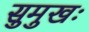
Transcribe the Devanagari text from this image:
सुमुखः